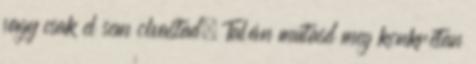
vagy csak el sem olvastad. Talán mutasd meg konkrétan